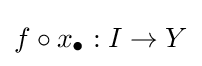
f\circ x_{\bullet }:I\to Y